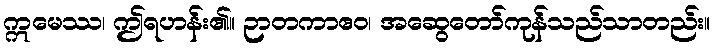
ဣမေဿ၊ ဤရဟန်း၏။ ဉာတကာဧဝ၊ အဆွေတော်ကုန်သည်သာတည်း။